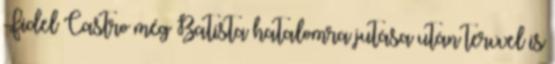
Fidel Castro még Batista hatalomra jutása után tervvel is